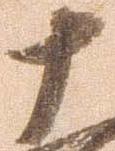
十